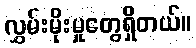
လွှမ်းမိုးမှုတွေရှိတယ်။